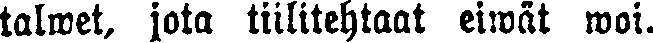
talwet, jota tiilitehtaat eiwät woi.